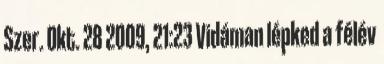
Szer. Okt. 28 2009, 21:23 Vidáman lépked a félév